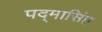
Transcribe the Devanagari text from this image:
पद्‌मासिंह